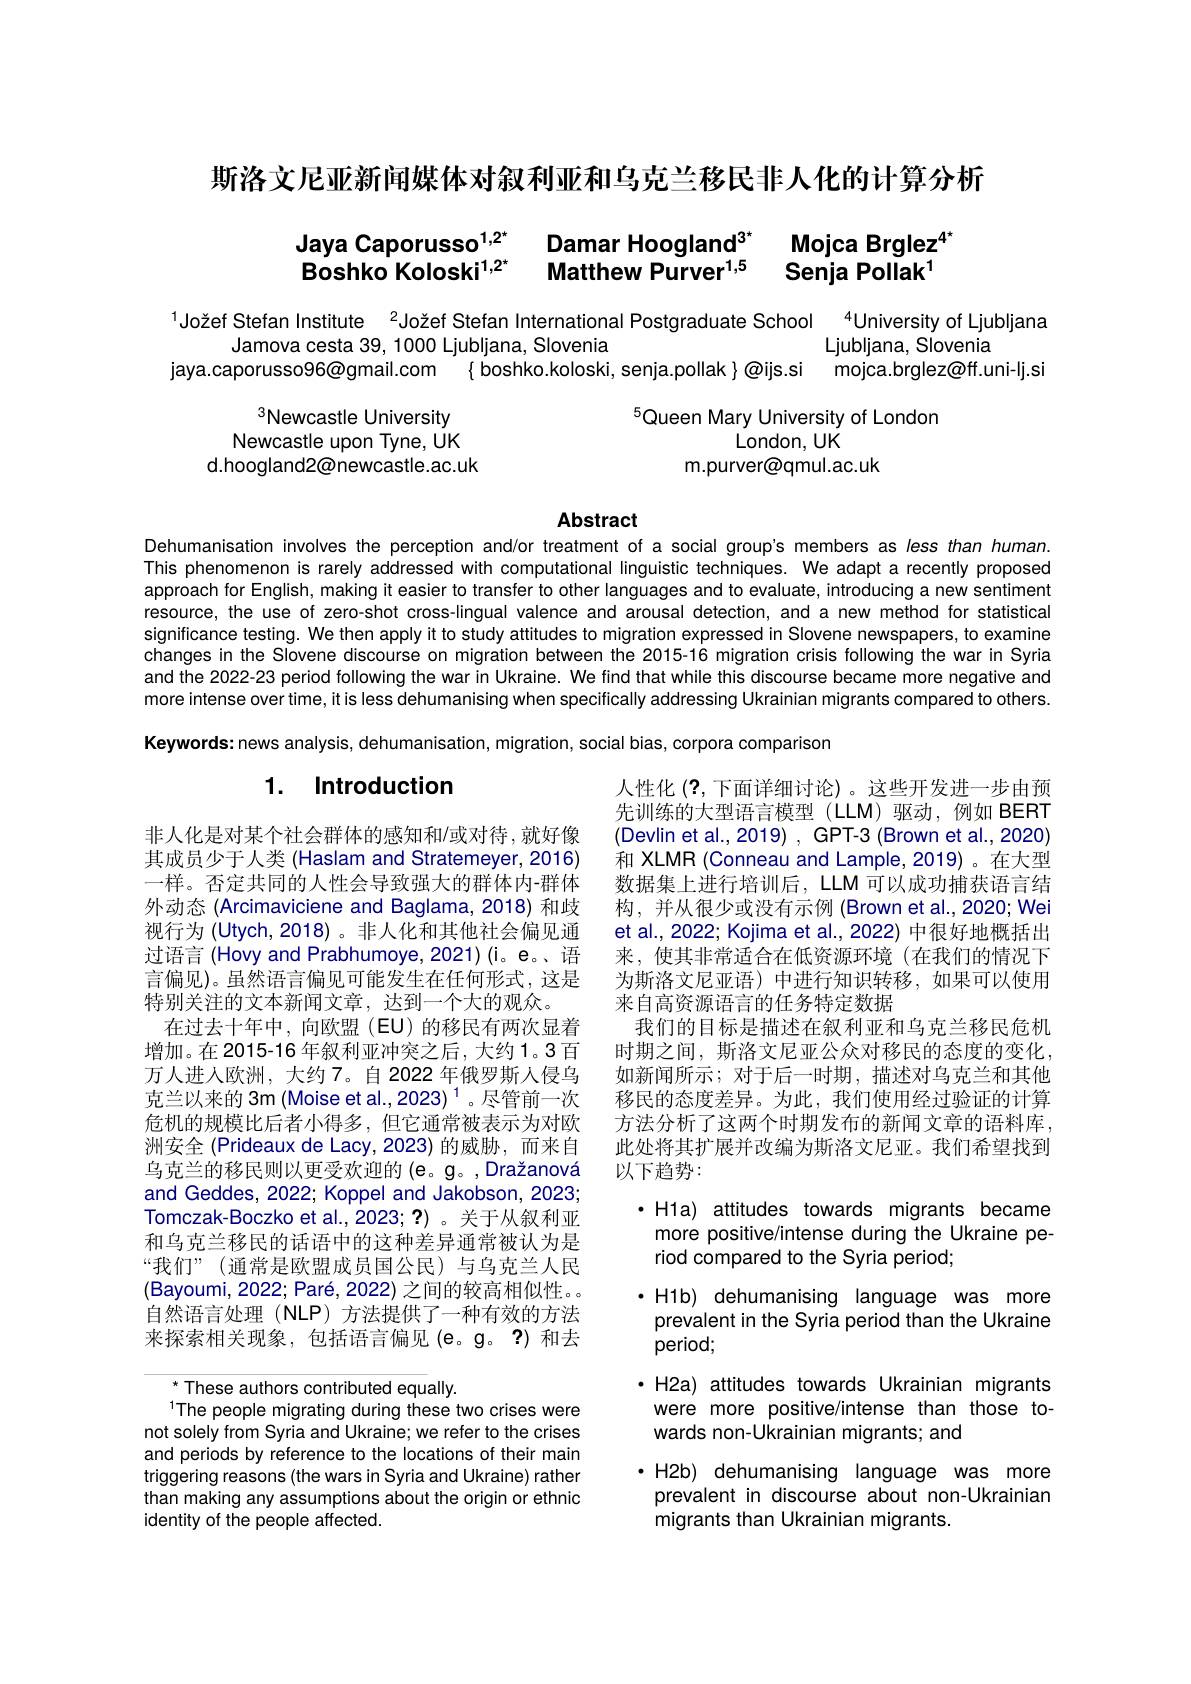
斯洛文尼亚新闻媒体对叙利亚和乌克兰移民非人化的计算分析

# Jaya Caporusso$^{1, 2^+ }$ Damar Hoogland$^{3^*}$ Mojca Brglez$^{4^*}$ Boshko Koloski$^1, 2^{\star }$ Matthew Purver$^{1,5}$ Senja Pollak$^{1}$

Jožef Stefan Institute $^{2}$Jožef Stefan International Postgraduate School $^{4}$University of Ljubljana
Ljubljana, Slovenia
Jamova cesta 39, 1000 Ljubljana, Slovenia
jaya.caporusso$96@$gmail.com { boshko.koloski, senja.pollak }@ijs.si
mojca.brglez@ff.uni-lj.si

Newcastle University
$^{5}$Queen Mary University of London
London, UK
Newcastle upon Tyne, UK d.hoogland2@newcastle.ac.uk
m.purver@qmul.ac.uk

### Abstract

Dehumanisation involves the perception and/or treatment of a social group's members as less than human. This phenomenon is rarely addressed with computational linguistic techniques. We adapt a recently proposed approach for English, making it easier to transfer to other languages and to evaluate, introducing a new sentiment resource, the use of zero-shot cross-lingual valence and arousal detection, and a new method for statistical significance testing. We then apply it to study attitudes to migration expressed in Slovene newspapers, to examine changes in the Slovene discourse on migration between the 2015-16 migration crisis following the war in Syria and the 2022-23 period following the war in Ukraine. We find that while this discourse became more negative and more intense over time, it is less dehumanising when specifically addressing Ukrainian migrants compared to others. Keywords: news analysis, dehumanisation, migration, social bias, corpora comparison

## 1. Introduction

人性化 (?,下面详细讨论)。这些开发进一步由预先训练的大型语言模型(LLM)驱动，例如 BERT (Devlin et al.,2019) , GPT-3 (Brown et al.,2020) 和 XLMR (Conneau and Lample, 2019)。在大型数据集上进行培训后，LLM 可以成功捕获语言结构，并从很少或没有示例 (Brown et al.,2020; Wei et al., 2022; Kojima et al., 2022) 中很好地概括出来，使其非常适合在低资源环境(在我们的情况下为斯洛文尼亚语)中进行知识转移，如果可以使用来自高资源语言的任务特定数据
我们的目标是描述在叙利亚和乌克兰移民危机时期之间，斯洛文尼亚公众对移民的态度的变化如新闻所示；对于后一时期，描述对乌克兰和其他移民的态度差异。为此，我们使用经过验证的计算方法分析了这两个时期发布的新闻文章的语料库此处将其扩展并改编为斯洛文尼亚。我们希望找到以下趋势：

非人化是对某个社会群体的感知和/或对待，就好像其成员少于人类 (Haslam and Stratemeyer, 2016) 一样。否定共同的人性会导致强大的群体内-群体外动态(Arcimaviciene and Baglama, 2018) 和歧视行为 (Utych, 2018) 。非人化和其他社会偏见通过语言 (Hovy and Prabhumoye, 2021)(i。e。、语言偏见)。虽然语言偏见可能发生在任何形式，这是特别关注的文本新闻文章，达到一个大的观众。
在过去十年中，向欧盟(EU)的移民有两次显着增加。在2015-16 年叙利亚冲突之后，大约1。3 百万人进入欧洲，大约7。自 2022 年俄罗斯人侵乌克兰以来的 3m (Moise et al., 2023) $^{1}$。尽管前一次危机的规模比后者小得多，但它通常被表示为对欧洲安全 (Prideaux de Lacy,2023)的威胁，而来自乌克兰的移民则以更受欢迎的 (e。g。,Dražanová and Geddes, 2022; Koppel and Jakobson, 2023; Tomczak-Boczko et al.,2023; ?) 。关于从叙利亚和乌克兰移民的话语中的这种差异通常被认为是“我们”(通常是欧盟成员国公民)与乌克兰人民(Bayoumi, 2022; Paré, 2022) 之间的较高相似性。。自然语言处理(NLP)方法提供了一种有效的方法来探索相关现象，包括语言偏见(e。g。?)和去

·H1a) attitudes towards migrants became more positive/intense during the Ukraine period compared to the Syria period;
·H1b) dehumanising language was more prevalent in the Syria period than the Ukraine period;
·H2a) attitudes towards Ukrainian migrants were more positive/intense than those towards non-Ukrainian migrants; and
·H2b) dehumanising language was more
prevalent in discourse about non-Ukrainian
migrants than Ukrainian migrants.

$^*$ These authors contributed equally.
The people migrating during these two crises were not solely from Syria and Ukraine; we refer to the crises and periods by reference to the locations of their main triggering reasons (the wars in Syria and Ukraine) rather than making any assumptions about the origin or ethnic identity of the people affected.